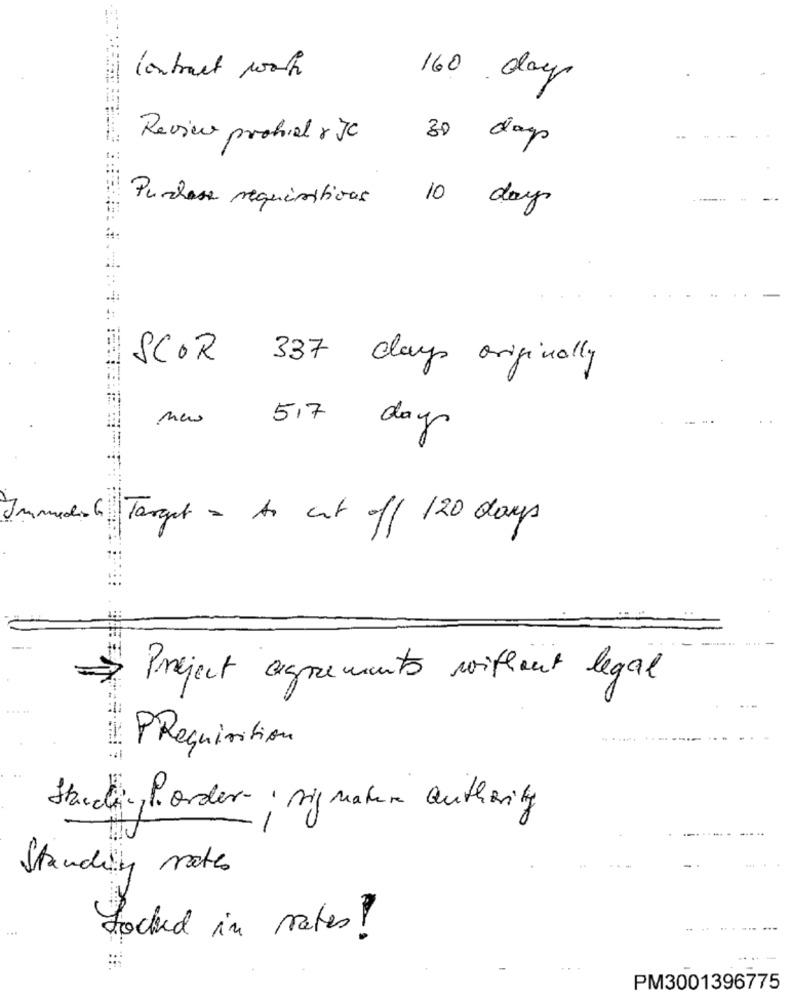
Contract worth
160 day
Revico prohial r JC
30 days
Purchase requisitivas
10 day
SCOR 337 days originally
new
5,7
day
medisch Target = Ar cut off 120 days
Preject agrements without legal
.. ..
PRequisition
Standen,P. order- . signature authority
Standing notes
Locked in rates !
PM3001396775